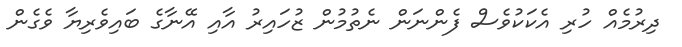
ދިރުމެއް ހުރި އެކަކުވެސް ފެންނަން ނެތުމުން ޒުހައިރު އާއި އޭނާގެ ބައިވެރިޔާ ވެގެން